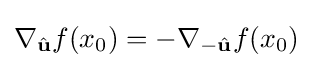
\nabla _{\hat {\mathbf {u}}}f(x_{0})=-\nabla _{-{\hat {\mathbf {u}}}}f(x_{0})